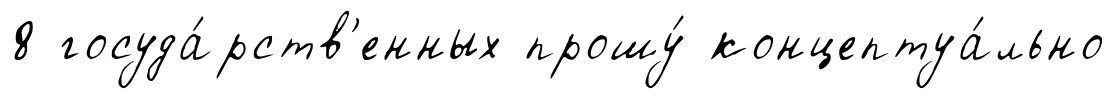
8 госуда́рств'енных прошу́ концептуа́льно